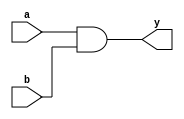
module andgate(a,b,y);
input a,b;
output y;

assign y=a&b;
initial begin
$monitor ("Hello World");
end
endmodule